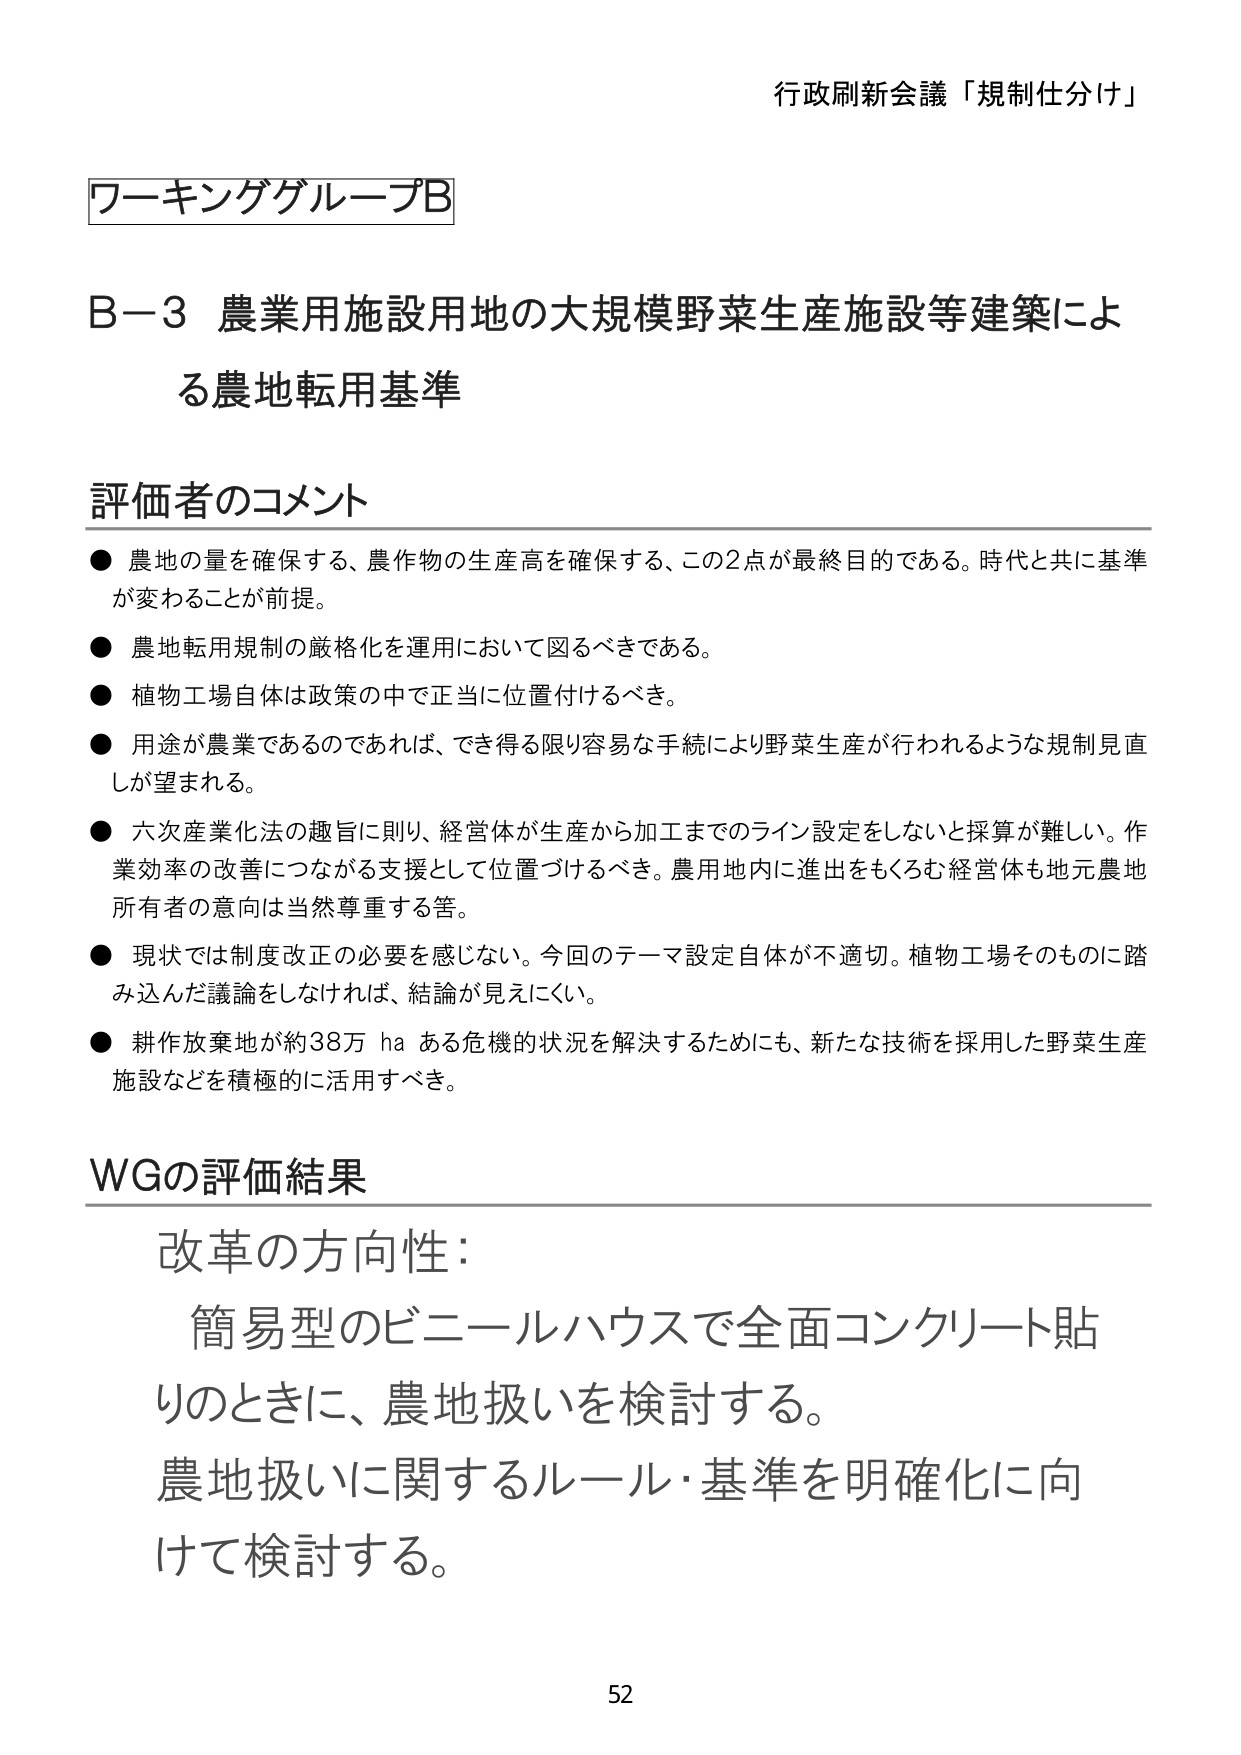
行政刷新会議「規制仕分け」

ワーキンググループB

B-3 農業用施設用地の大規模野菜生産施設等建築による農地転用基準

評価者のコメント
● 農地の量を確保する、農作物の生産高を確保する、この2点が最終目的である。時代と共に基準が変わることが前提。
● 農地転用規制の厳格化を運用において図るべきである。
● 植物工場自体は政策の中で正当に位置付けるべき。
● 用途が農業であるのであれば、できる限り容易な手続により野菜生産が行われるような規制見直しが望まれる。
● 六次産業化法の趣旨に則り、経営体が生産から加工までのライン設定をしないと採算が難しい。作業効率の改善につながる支援として位置づけるべき。農用地内に進出をもくろむ経営体も地元農地所有者の意向は当然尊重する筈。
● 現状では制度改正の必要を感じない。今回のテーマ設定自体が不適切。植物工場そのものに踏み込んだ議論をしなければ、結論が見えにくい。
● 耕作放棄地が約38万 ha ある危機的状況を解決するためにも、新たな技術を採用した野菜生産施設などを積極的に活用すべき。

WGの評価結果
改革の方向性：
　簡易型のビニールハウスで全面コンクリート貼りのときに、農地扱いを検討する。
　農地扱いに関するルール・基準を明確化に向けて検討する。

52